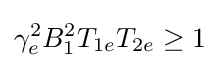
\gamma _{e}^{2}B_{1}^{2}T_{1e}T_{2e}\geq {1}